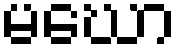
မဃော